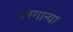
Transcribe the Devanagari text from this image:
अगान्या